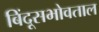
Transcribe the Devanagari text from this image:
बिंदूसभोवताल